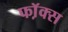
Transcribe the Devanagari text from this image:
फॉ़क्स